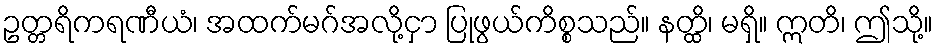
ဥတ္တရိကရဏီယံ၊ အထက်မဂ်အလို့ငှာ ပြုဖွယ်ကိစ္စသည်။ နတ္ထိ၊ မရှိ။ ဣတိ၊ ဤသို့။